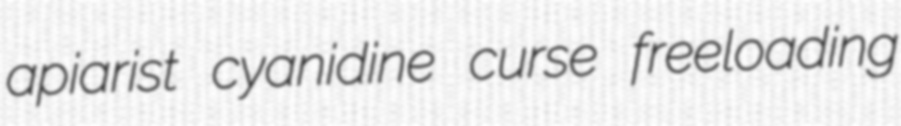
apiarist cyanidine curse freeloading